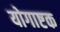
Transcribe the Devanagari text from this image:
योगाष्टक